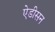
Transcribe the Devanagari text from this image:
ऐडीसन